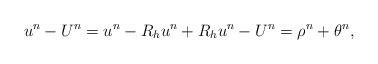
LaTeX: \begin{align*}u^n - U^n = u^n - R_hu^n + R_hu^n - U^n = \rho ^n + \theta ^n,\end{align*}